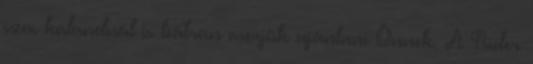
szex kalandnál is bátran merjük ajánlani Önnek. A Rider